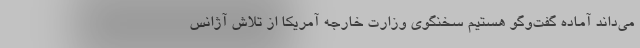
می‌داند آماده گفت‌وگو هستیم سخنگوی وزارت خارجه آمریکا از تلاش آژانس